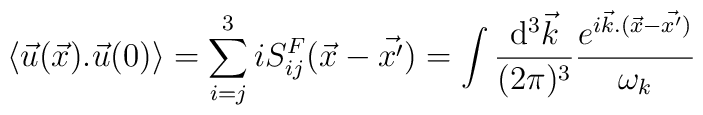
\langle {\vec u}(\vec x).{\vec u}(0)\rangle =\sum_{i=j}^{3}iS_{ij}^{F}({\vec x}-{\vec {x^{\prime}}})=\int {{{\rm d}^{3}{\vec k}}\over{(2\pi)^{3}}}{{e^{i{\vec k}.({\vec x}-{\vec {x^{\prime}})}}\over{\omega_{k}}}}